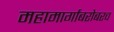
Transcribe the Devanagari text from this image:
महामार्गांबरोबरच